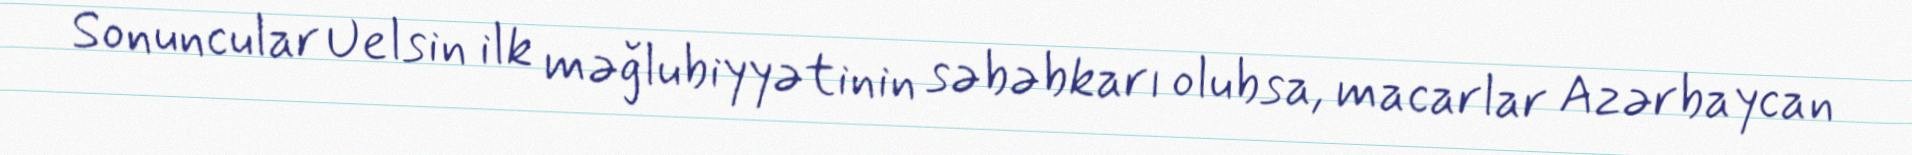
Sonuncular Uelsin ilk məğlubiyyətinin səbəbkarı olubsa, macarlar Azərbaycan